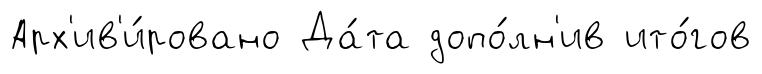
Арх'ив'и́ровано Да́та допо́лн'ив ито́гов